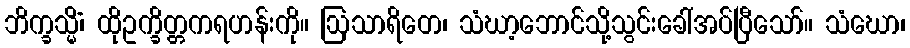
ဘိက္ခသ္မိံ၊ ထိုဥက္ခိတ္တကရဟန်းကို။ ဩသာရိတေ၊ သံဃာ့ဘောင်သို့သွင်းခေါ်အပ်ပြီသော်။ သံဃော၊